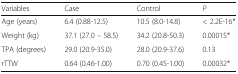
<table><thead><tr><td><b>Variables</b></td><td><b>Case</b></td><td><b>Control</b></td><td><b><i>P</i></b></td></tr></thead><tbody><tr><td>Age (years)</td><td>6.4 (0.88-12.5)</td><td>10.5 (8.0-14.8)</td><td>&lt; 2.2E-16*</td></tr><tr><td>Weight (kg)</td><td>37.1 (27.0 – 58.5)</td><td>34.2 (20.8-50.3)</td><td>0.00015*</td></tr><tr><td>TPA (degrees)</td><td>29.0 (20.9-35.0)</td><td>28.0 (20.9-37.6)</td><td>0.13</td></tr><tr><td>rTTW</td><td>0.64 (0.46-1.00)</td><td>0.70 (0.45-1.00)</td><td>0.00032*</td></tr></tbody></table>